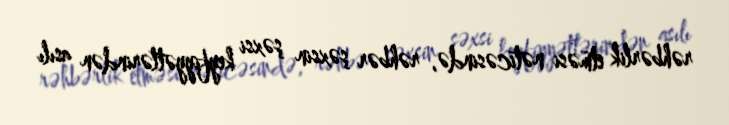
rəhbərlik etməsi nəticəsində, rəhbər şəxsin şəxsi keyfiyyətlərindən asılı